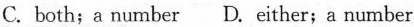
C. both;a number D. Either;a number